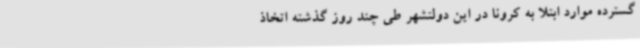
گسترده موارد ابتلا به کرونا در این دولتشهر طی چند روز گذشته اتخاذ